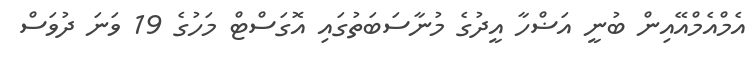
އެމްއެމްއޭއިން ބުނީ އަޟްހާ އީދުގެ މުނާސަބަތުގައި އޮގަސްޓް މަހުގެ 19 ވަނަ ދުވަސް